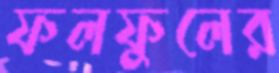
ফলফুলের